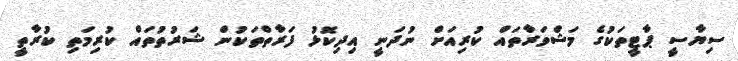
ސިޔާސީ ޕާޓީތަކުގެ މަޝްވަރާތައް ކުރިއަށް ނުދަނީ އިދިކޮޅު ފަރާތްތަކުން ޝަރުތުތައް ކުރިމަތި ކުރާތީ